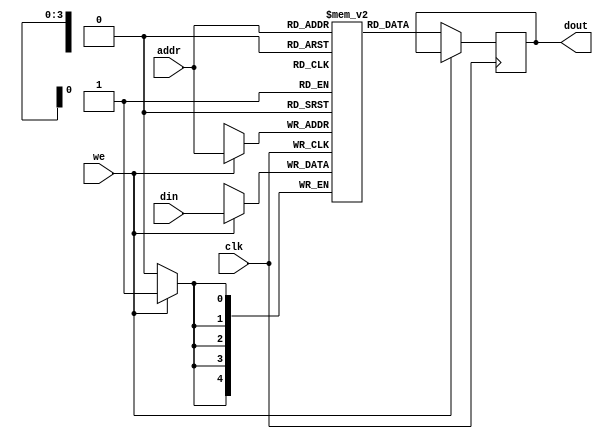
module ram_sp(

input [4:0] din,
input clk,
input [3:0] addr,
input we,
output [4:0] dout);


reg [4:0] ram [15:0];
reg [4:0] dout;

always@(posedge clk)
begin
	if(we)
		ram[addr]<=din;
	else
		dout<= ram[addr];
end

endmodule